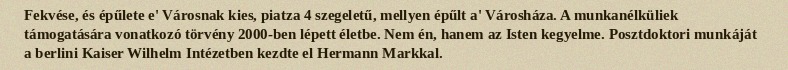
Fekvése, és épűlete e' Városnak kies, piatza 4 szegeletű, mellyen épűlt a' Városháza. A munkanélküliek támogatására vonatkozó törvény 2000-ben lépett életbe. Nem én, hanem az Isten kegyelme. Posztdoktori munkáját a berlini Kaiser Wilhelm Intézetben kezdte el Hermann Markkal.